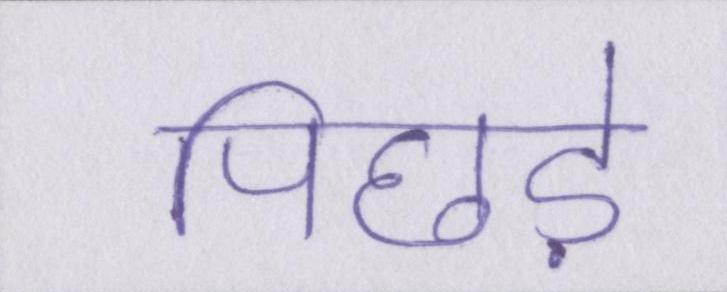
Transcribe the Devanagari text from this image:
पिछड़े